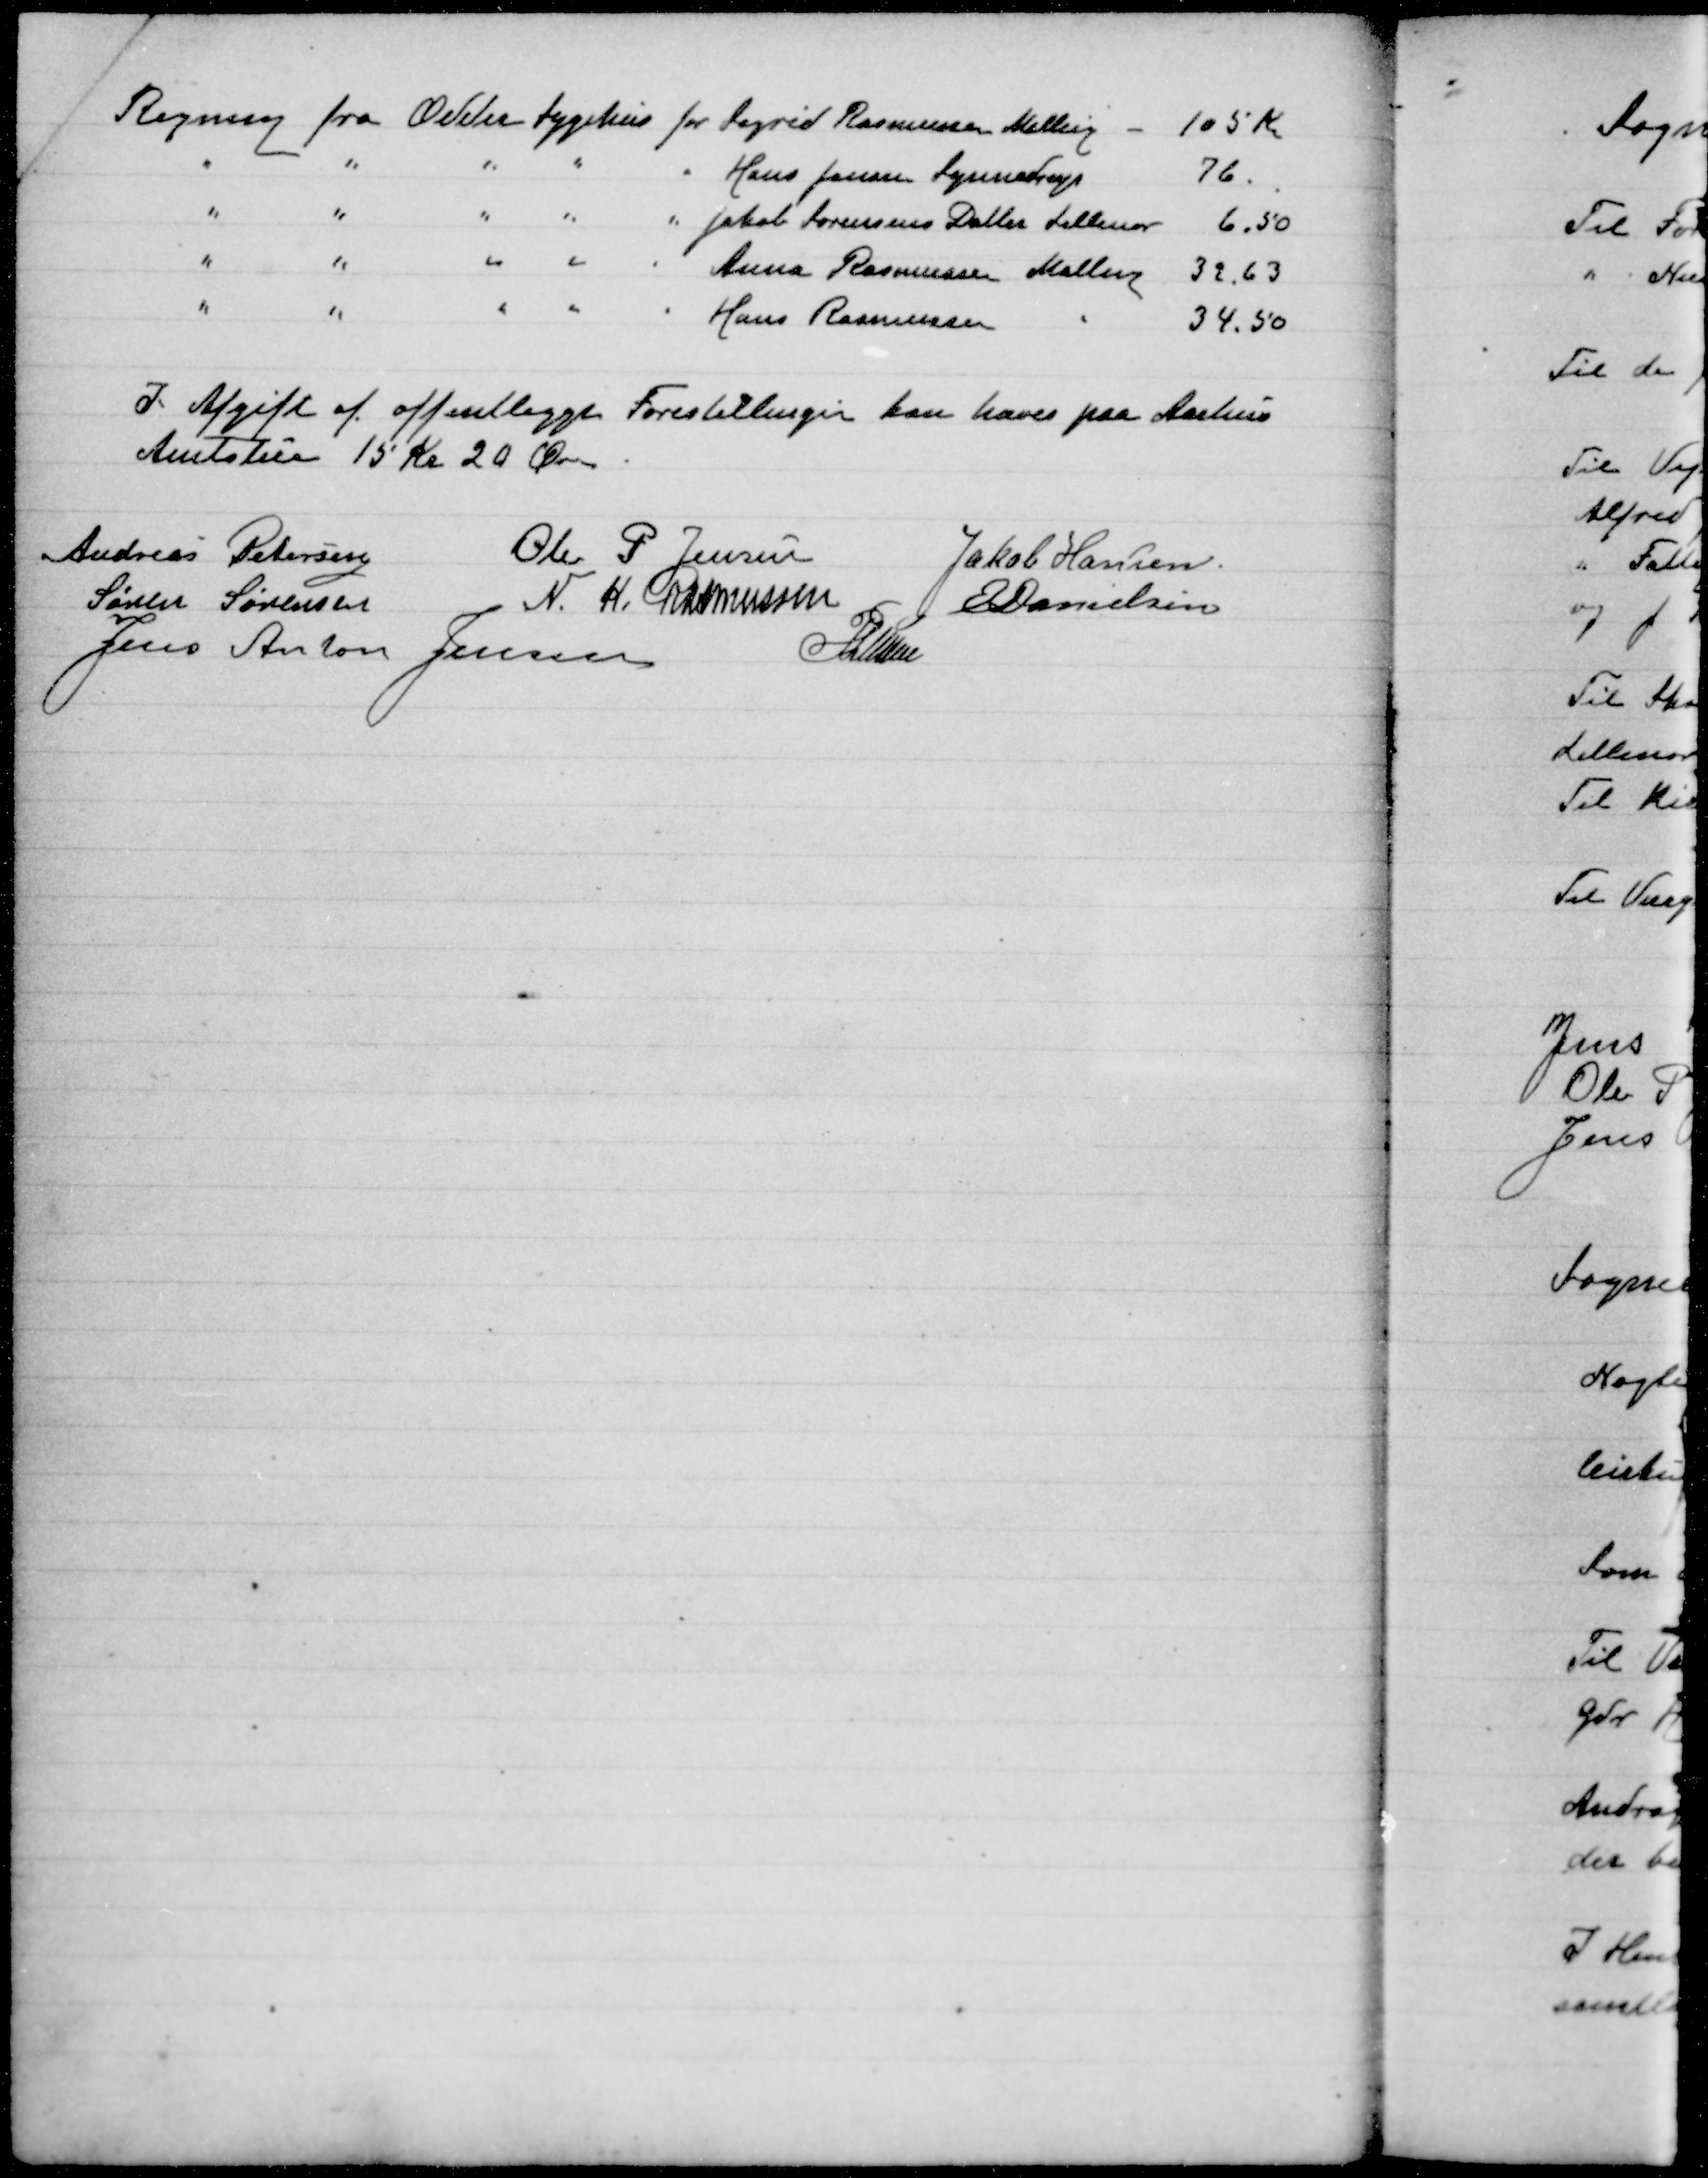
Transskription:
I Afgift af offentligge Forestillinger kan hæves paa Aarhus
Amtstue 15 Kr 20 Øre

Andreas Petersen
Ole P Jensen
Jakob Hansen
Søren Sørensen
N. K. Rasmussen
E Danielsen
Jens Anton Jensen
P Lunn